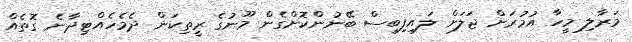
މަރާލި މީހާ އުމުރަށް ޖަލަށް ލައިފިބިސް ބޭނުންކޮށްގެން މޫނުގެ ރީތިކަން ދެމެހެއްޓިދާނެ ގޮތެއް